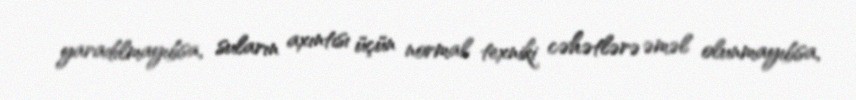
yaradılmayıbsa, suların axıntısı üçün normal texniki cəhətlərə əməl olunmayıbsa,